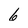
Character: 6